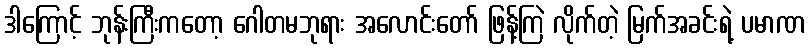
ဒါကြောင့် ဘုန်းကြီးကတော့ ဂေါတမဘုရား အလောင်းတော် ဖြန့်ကြဲ လိုက်တဲ့ မြက်အခင်းရဲ့ ပမာဏ